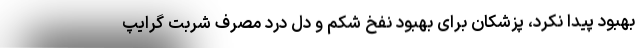
بهبود پیدا نکرد، پزشکان برای بهبود نفخ شکم و دل درد مصرف شربت گرایپ